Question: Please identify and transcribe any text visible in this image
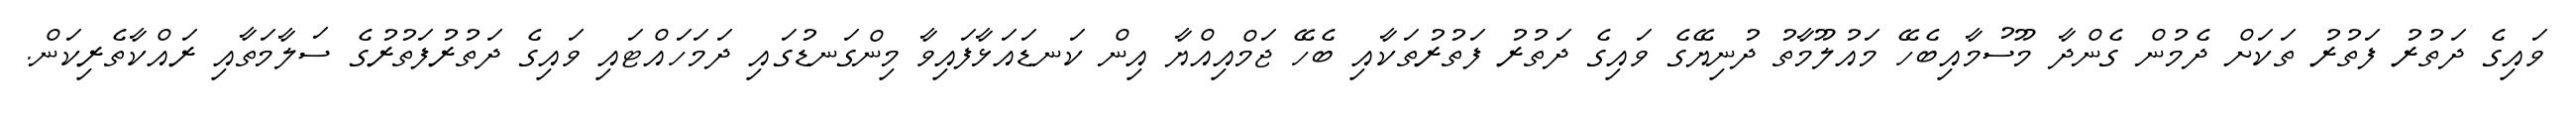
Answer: ވައިގެ ދަތުރު ފަތުރު ތަކަށް ދެމުން ގެންދާ މޫސުމާއިބެހޭ މައުލޫމާތު ދުނިޔޭގެ ވައިގެ ދަތުރު ފަތުރުތަކާއި ބެހޭ ޖަމްއިއްޔާ އިން ކަނޑައަޅާފައިވާ މިންގަނޑުގައި ދަމަހައްޓައި ވައިގެ ދަތުރުފަތުރުގެ ސަލާމަތާއި ރައްކާތެރިކަން.